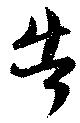
告